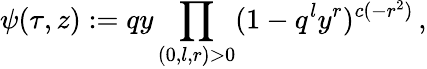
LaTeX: \psi(\tau,z):=qy\prod_{(0,l,r)>0}(1-q^{l}y^{r})^{c(-r^{2})}\, ,